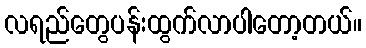
လရည်တွေပန်းထွက်လာပါတော့တယ်။